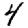
Digit: 4